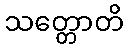
သတ္တောတိ